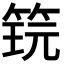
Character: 𬕎